Indian journal of veterinary science and animal husbandry - Volumes 24-25, 1954-1955
Year: 1954
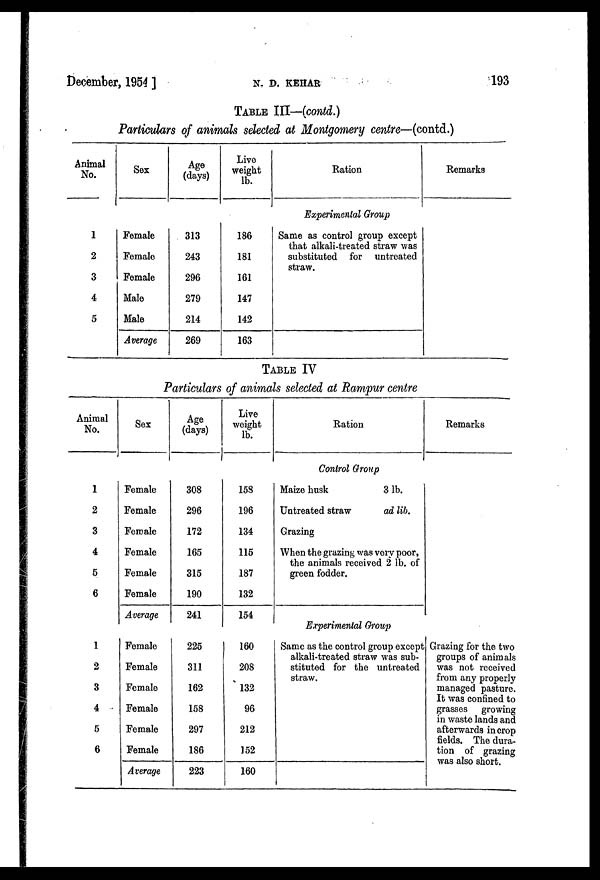
December, 1954 ]
N.
D.
KEHAR
193
TABLE III—(contd.)
Particulars of animals selected at Montgomery centre—(contd.)
Animal
No.
1
2
3
4
5
Sex
Female
Female
Female
Male
Male
Average
Age
(days)
313
243
296
279
214
269
Live
weight
lb.
186
181
161
147
142
163
Ration
Experimental Group
Same as control group except
that alkali-treated straw was
substituted for untreated
straw.
Remarks
TABLE IV
Particulars of animals selected at Rampur centre
Animal
No.
1
2
3
4
5
6
1
2
3
4
5
6
Sex
Female
Female
Female
Female
Female
Female
Average
Female
Female
Female
Female
Female
Female
Average
Age
(days)
308
296
172
165
315
190
241
225
311
162
158
297
186
223
Live
weight
lb.
158
196
134
115
187
132
154
160
208
132
96
212
152
160
Ration
Control Group
Maize husk
3 lb.
Untreated straw
ad lib.
Grazing
When the grazing was very poor,
the animals received 2 lb. of
green fodder.
Experimental Group
Same as the control group except
alkali-treated straw was sub-
stituted for the untreated
straw.
Remarks
Grazing for the two
groups of animals
was not received
from any properly
managed pasture.
It was confined to
grasses growing
in waste lands and
afterwards in crop
fields. The dura-
tion of grazing
was also short.